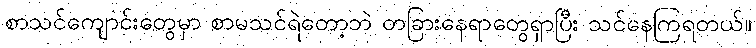
စာသင်ကျောင်းတွေမှာ စာမသင်ရဲတော့ဘဲ တခြားနေရာတွေရှာပြီး သင်နေကြရတယ်။